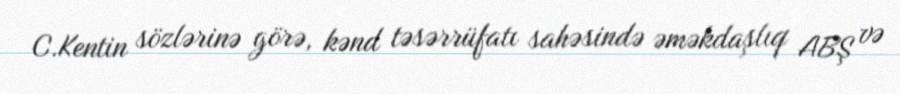
C.Kentin sözlərinə görə, kənd təsərrüfatı sahəsində əməkdaşlıq ABŞ və